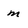
Character: m